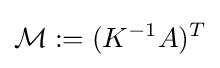
{\mathcal {M}}:=(K^{-1}A)^{T}